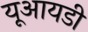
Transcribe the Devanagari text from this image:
यूआयडी